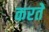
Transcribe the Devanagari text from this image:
करतेे